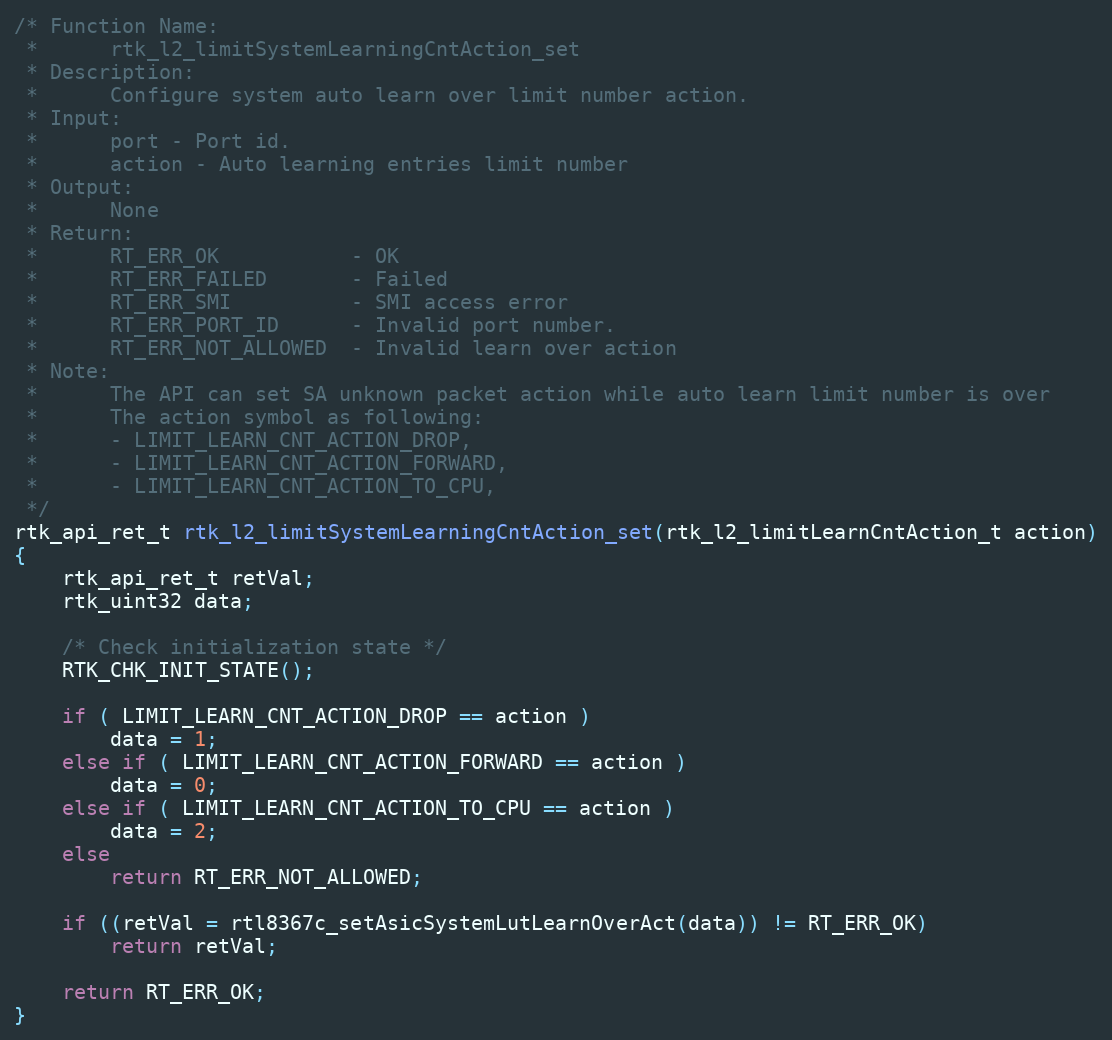
Language: C
/* Function Name:
 *      rtk_l2_limitSystemLearningCntAction_set
 * Description:
 *      Configure system auto learn over limit number action.
 * Input:
 *      port - Port id.
 *      action - Auto learning entries limit number
 * Output:
 *      None
 * Return:
 *      RT_ERR_OK           - OK
 *      RT_ERR_FAILED       - Failed
 *      RT_ERR_SMI          - SMI access error
 *      RT_ERR_PORT_ID      - Invalid port number.
 *      RT_ERR_NOT_ALLOWED  - Invalid learn over action
 * Note:
 *      The API can set SA unknown packet action while auto learn limit number is over
 *      The action symbol as following:
 *      - LIMIT_LEARN_CNT_ACTION_DROP,
 *      - LIMIT_LEARN_CNT_ACTION_FORWARD,
 *      - LIMIT_LEARN_CNT_ACTION_TO_CPU,
 */
rtk_api_ret_t rtk_l2_limitSystemLearningCntAction_set(rtk_l2_limitLearnCntAction_t action)
{
    rtk_api_ret_t retVal;
    rtk_uint32 data;

    /* Check initialization state */
    RTK_CHK_INIT_STATE();

    if ( LIMIT_LEARN_CNT_ACTION_DROP == action )
        data = 1;
    else if ( LIMIT_LEARN_CNT_ACTION_FORWARD == action )
        data = 0;
    else if ( LIMIT_LEARN_CNT_ACTION_TO_CPU == action )
        data = 2;
    else
        return RT_ERR_NOT_ALLOWED;

    if ((retVal = rtl8367c_setAsicSystemLutLearnOverAct(data)) != RT_ERR_OK)
        return retVal;

    return RT_ERR_OK;
}